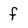
Character: f